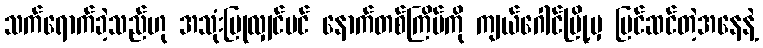
သက်ရောက်ခဲ့သည်ဟု အသုံးပြုလျှင်ပင် နောက်တစ်ကြိမ်ကို ကျယ်ဂေါင်မြို့မှ ပြင်ဆင်တဲ့အနေနဲ့